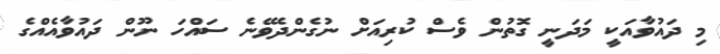
މި ދައުވާއަކީ މަދަނީ ގޮތުން ވެސް ކުރިއަށް ނުގެންދެވޭނެ ސައްހަ ނޫން ދައުވާއެއްގެ